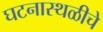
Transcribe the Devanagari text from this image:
घटनास्थळीचे